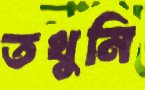
তখুনি